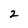
Character: 2